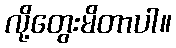
လို့တွေးမိတာပါ။